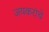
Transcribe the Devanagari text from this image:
जयकरांचे